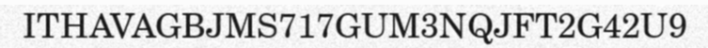
ITHAVAGBJMS717GUM3NQJFT2G42U9